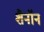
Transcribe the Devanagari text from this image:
शैनॉन